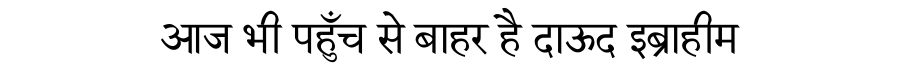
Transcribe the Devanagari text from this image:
आज भी पहुँच से बाहर है दाऊद इब्राहीम